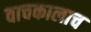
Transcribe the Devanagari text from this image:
वाचकालाच